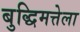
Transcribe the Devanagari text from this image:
बुद्धिमत्तेला